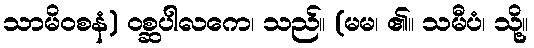
သာမိဝစနံ) ဝစ္ဆပါလကေ၊ သည်။ (မမ၊ ၏။ သမီပံ၊ သို့။